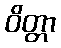
ဝိတ္တာ